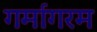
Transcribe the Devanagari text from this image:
गर्मागरम